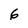
Character: 6